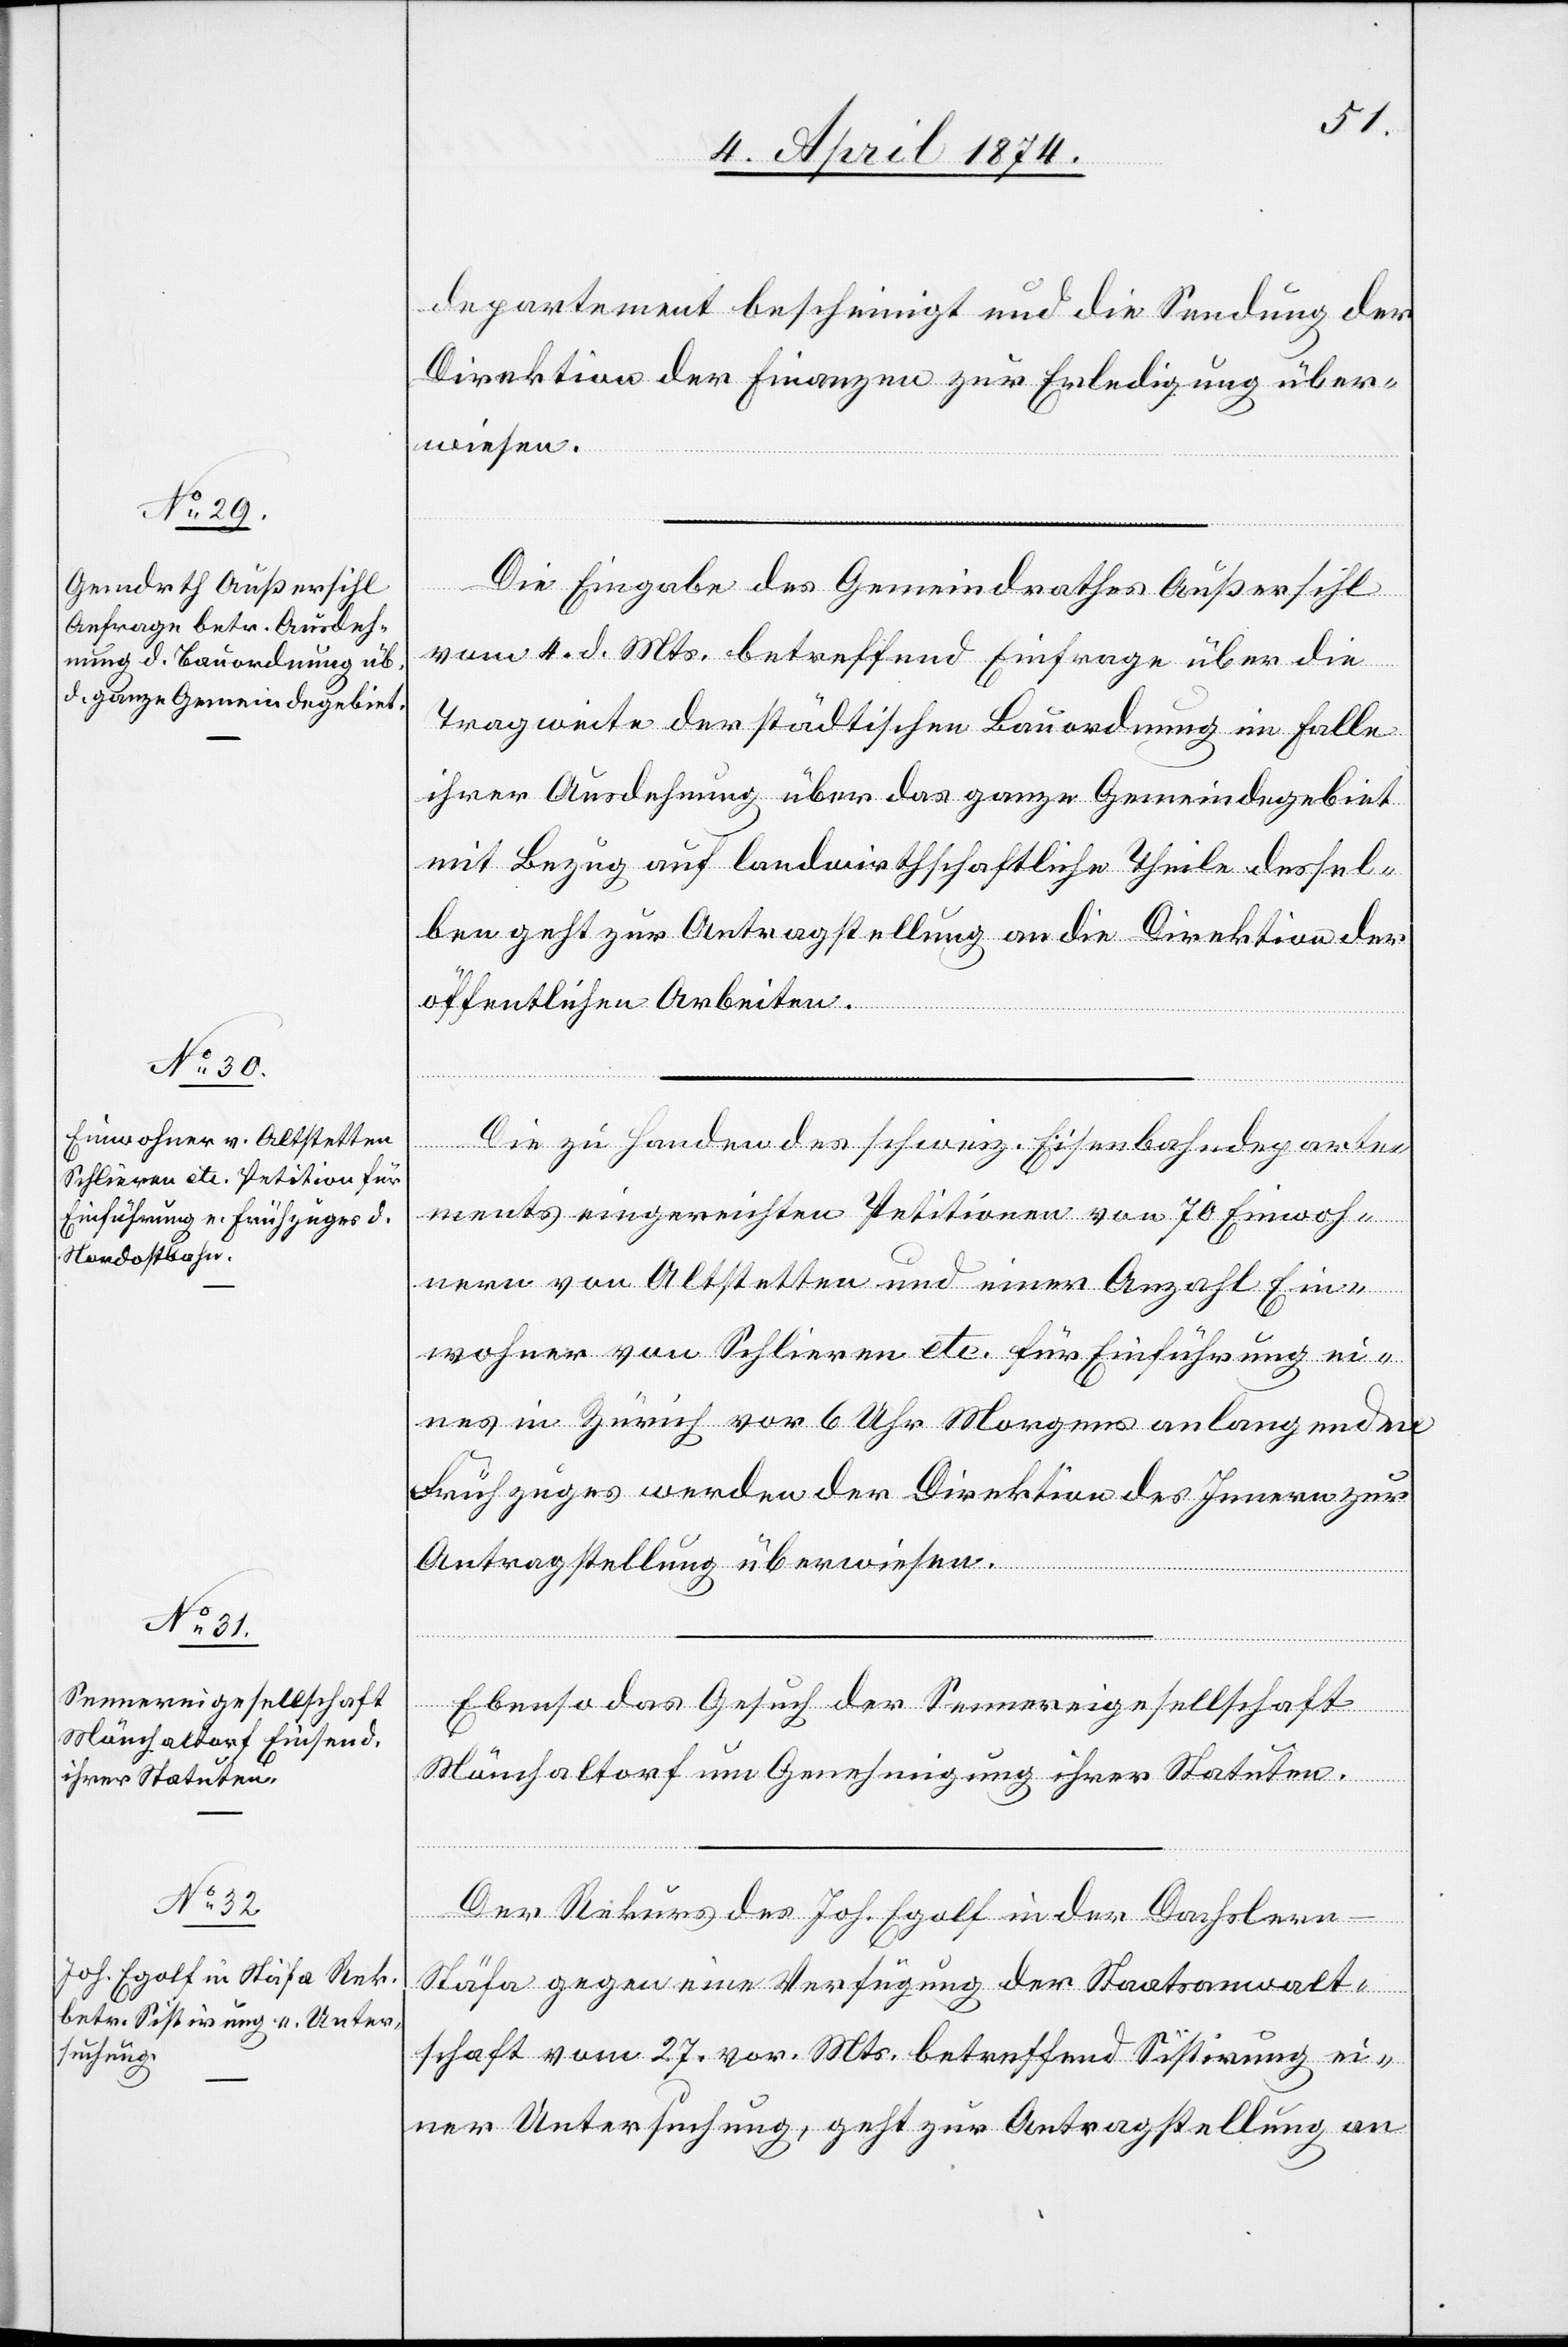
6. April 1874.]
departement bescheinigt und die Sendung der
Direktion der Finanzen zur Erledigung über¬
wiesen.
Die Eingabe des Gemeindrathes Außersihl
vom 4. d. Mts. betreffend Einfrage über die
Tragweite der städtischen Bauordnung im Falle
ihrer Ausdehnung über das ganze Gemeindegebiet
mit Bezug auf landwirtschaftliche Theile dessel¬
ben geht zur Antragstellung an die Direktion der
öffentlichen Arbeiten.
Die zu Handen des schweiz. Eisenbahndeparte¬
ments eingereichten Petitionen von 70 Einwoh¬
nern von Altstetten und einer Anzahl Ein¬
wohner von Schlieren etc. für Einführung ei¬
nes in Zürich vor 6 Uhr Morgens anlangenden
Frühzuges werden der Direktion des Innern zur
Antragstellung überwiesen.
Ebenso das Gesuch der Sennereigesellschaft
Mönchaltorf um Genehmigung ihrer Statuten.
Der Rekurs des Joh. Egolf in der Dachsler¬
n-Stäfa gegen eine Verfügung der Staatsanwalt¬
schaft vom 27. vor. Mts. betreffend Sistirung ei¬
ner Untersuchung, geht zur Antragstellung an